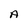
Character: A